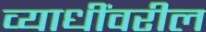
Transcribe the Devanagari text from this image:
व्याधींवरील